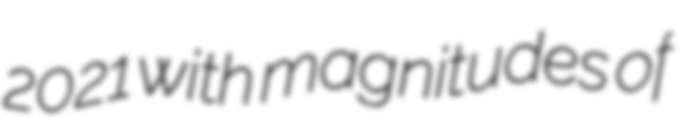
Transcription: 2021 with magnitudes of